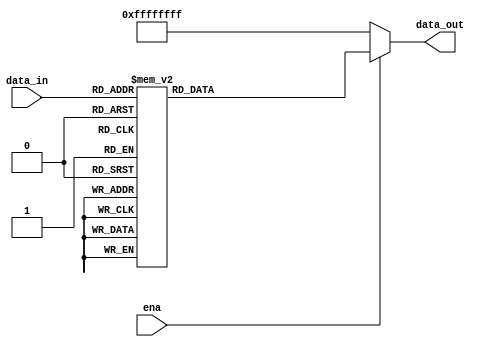
`timescale 1ns / 1ps
//////////////////////////////////////////////////////////////////////////////////
// Company: 
// Engineer: 
// 
// Design Name: 
// Module Name:    decoder 
// Project Name: 
// Target Devices: 
// Tool versions: 
// Description: 
//
// Dependencies: 
//
// Revision: 
// Revision 0.01 - File Created
// Additional Comments: 
//
//////////////////////////////////////////////////////////////////////////////////
module decoder(
input[4:0]data_in,
input ena,
output[31:0]data_out
);
reg[31:0]data_temp;
assign data_out=data_temp;
always@(*) begin
if(ena==1)
case(data_in)
5'b000:
data_temp=32'b11111111111111111111111111111111;
5'b001:
data_temp=32'b11111111111111111111111111111101;
5'b010:
data_temp=32'b11111111111111111111111111111011;
5'b011:
data_temp=32'b11111111111111111111111111110111;
5'b100:
data_temp=32'b11111111111111111111111111101111;
5'b101:
data_temp=32'b11111111111111111111111111011111;
5'b110:
data_temp=32'b11111111111111111111111110111111;
5'b111:
data_temp=32'b11111111111111111111111101111111;
5'b1000:
data_temp=32'b11111111111111111111111011111111;
5'b1001:
data_temp=32'b11111111111111111111110111111111;
5'b1010:
data_temp=32'b11111111111111111111101111111111;
5'b1011:
data_temp=32'b11111111111111111111011111111111;
5'b1100:
data_temp=32'b11111111111111111110111111111111;
5'b1101:
data_temp=32'b11111111111111111101111111111111;
5'b1110:
data_temp=32'b11111111111111111011111111111111;
5'b1111:
data_temp=32'b11111111111111110111111111111111;
5'b10000:
data_temp=32'b11111111111111101111111111111111;
5'b10001:
data_temp=32'b11111111111111011111111111111111;
5'b10010:
data_temp=32'b11111111111110111111111111111111;
5'b10011:
data_temp=32'b11111111111101111111111111111111;
5'b10100:
data_temp=32'b11111111111011111111111111111111;
5'b10101:
data_temp=32'b11111111110111111111111111111111;
5'b10110:
data_temp=32'b11111111101111111111111111111111;
5'b10111:
data_temp=32'b11111111011111111111111111111111;
5'b11000:
data_temp=32'b11111110111111111111111111111111;
5'b11001:
data_temp=32'b11111101111111111111111111111111;
5'b11010:
data_temp=32'b11111011111111111111111111111111;
5'b11011:
data_temp=32'b11110111111111111111111111111111;
5'b11100:
data_temp=32'b11101111111111111111111111111111;
5'b11101:
data_temp=32'b11011111111111111111111111111111;
5'b11110:
data_temp=32'b10111111111111111111111111111111;
5'b11111:
data_temp=32'b01111111111111111111111111111111;
endcase
else
data_temp=32'b11111111111111111111111111111111;
end
endmodule